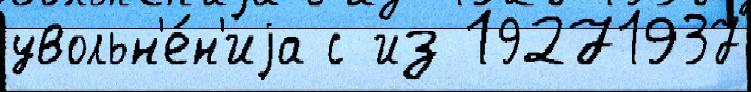
увольн'е́н'иjа с из 19271937